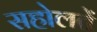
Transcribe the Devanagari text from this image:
सहोलतें